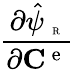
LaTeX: \frac{\partial\hat{\psi}_{\mathrm{~\tiny~R~}}}{\partial{{\mathbf C}^{\mathrm{~e~}}}}